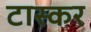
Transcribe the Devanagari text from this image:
टास्कर